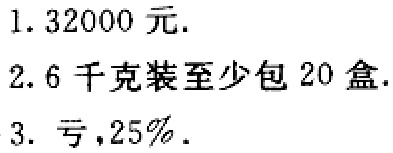
1. $32000$元.

2. $6$千克装至少包$20$盒.

3. 亏，$25\%$.